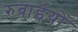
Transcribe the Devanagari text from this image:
रुबाईयों